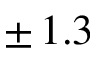
\pm \, 1 . 3